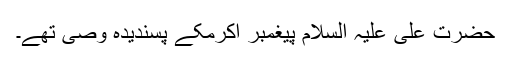
حضرت علی علیہ السلام پیغمبر اکرمکے پسندیدہ وصی تھے۔